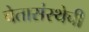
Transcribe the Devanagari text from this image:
चेतासंस्थेची